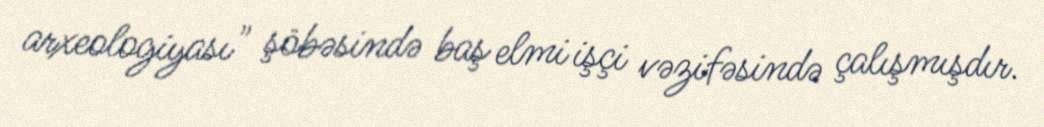
arxeologiyası" şöbəsində baş elmi işçi vəzifəsində çalışmışdır.